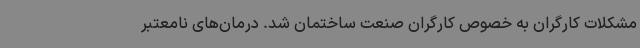
مشکلات کارگران به خصوص کارگران صنعت ساختمان شد. درمان‌های نامعتبر